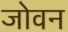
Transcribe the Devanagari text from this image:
जोवन